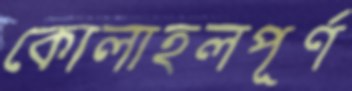
কোলাহলপূর্ণ